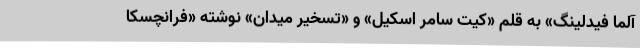
آلما فیدلینگ» به قلم «کیت سامر اسکیل» و «تسخیر میدان» نوشته «فرانچسکا